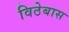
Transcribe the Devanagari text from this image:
विठेबास